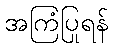
အကြံပြုရန်